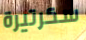
سكرتيرة